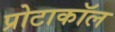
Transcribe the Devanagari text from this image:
प्रोटाकॉल